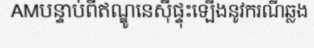
AMបន្ទាប់ពីឥណ្ឌូនេស៊ីផ្ទុះឡើងនូវករណីឆ្លង